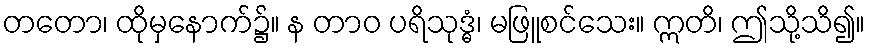
တတော၊ ထိုမှနောက်၌။ န တာဝ ပရိသုဒ္ဓံ၊ မဖြူစင်သေး။ ဣတိ၊ ဤသို့သိ၍။